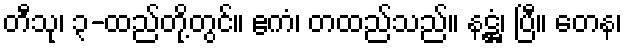
တီသု၊ ၃-ထည်တို့တွင်။ ဧကံ၊ တထည်သည်။ နဋ္ဌံ၊ ပြီ။ တေန၊